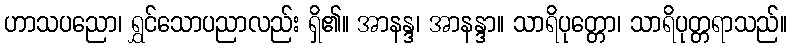
ဟာသပညော၊ ရွှင်သောပညာလည်း ရှိ၏။ အာနန္ဒ၊ အာနန္ဒာ။ သာရိပုတ္တော၊ သာရိပုတ္တရာသည်။